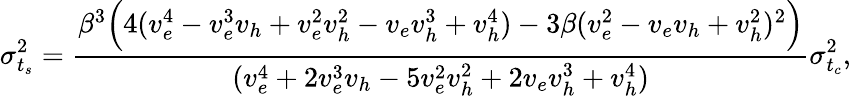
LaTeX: \sigma_{t_{s}}^{2}=\frac{\beta^{3}\Big(4(v_{e}^{4}-v_{e}^{3}v_{h}+v_{e}^{2}v_{h}^{2}-v_{e}v_{h}^{3}+v_{h}^{4})-3\beta(v_{e}^{2}-v_{e}v_{h}+v_{h}^{2})^{2}\Big)}{(v_{e}^{4}+2v_{e}^{3}v_{h}-5v_{e}^{2}v_{h}^{2}+2v_{e}v_{h}^{3}+v_{h}^{4})}\sigma_{t_{c}}^{2},